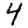
Digit: 4